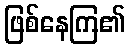
ဖြစ်နေကြ၏